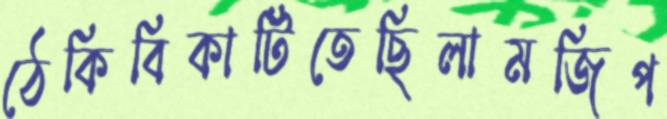
ঠেকিবিকাটিতেছিলামজিপ